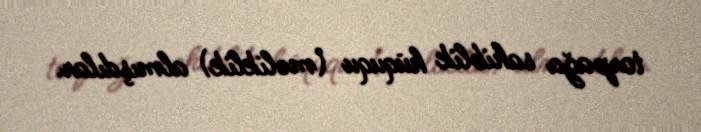
torpağa sahiblik hüququ (məliklik) almışdılar.